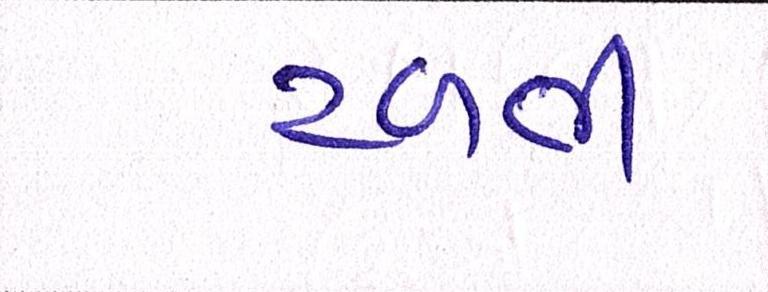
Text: ટળતી